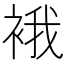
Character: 𧚄